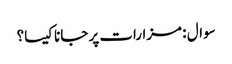
سوال : مزارات پر جانا کیسا؟